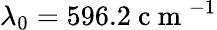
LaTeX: \lambda_{0}=596.2\mathrm{~c~m~}^{-1}